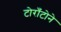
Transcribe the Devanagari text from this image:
टोराँटोने